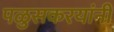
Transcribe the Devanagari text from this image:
पळुसकरयांनी